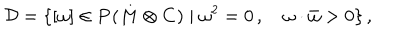
{ \cal D } = \{ [ \omega ] \in { \bf P } ( M \otimes { \bf C } ) \mid \omega ^ { 2 } = 0 \, , \quad \omega \cdot \bar { \omega } > 0 \} \, ,